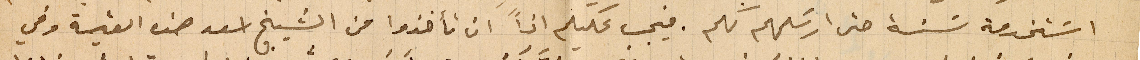
اسَتخدمة سنة حتى ارسَلهم لكم. فيجب عليكم اذاً ان تأخذوا من الشيخ اسعد هذه القيمة وفي